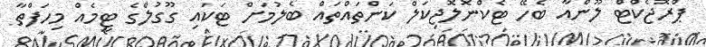
ޕްރޮޖެކްޓް ލޫންއާ ބެހޭ ޓެކްނޮލޮޖިކަލް ކަންތައްތައް ބެލުމަށް ޓަކައި ގޫގުލްގެ ޓީމެއް މިހަފްތާ